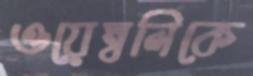
ওয়েম্বলিকে